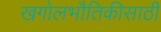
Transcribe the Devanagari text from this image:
खगोलभौतिकीसाठी